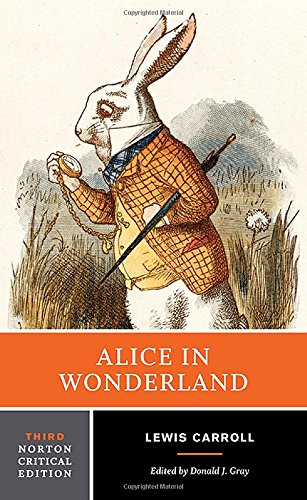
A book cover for Alice in Wonderland (Third Edition)  (Norton Critical Editions); Lewis Carroll; Literature & Fiction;